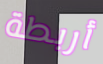
أربطة